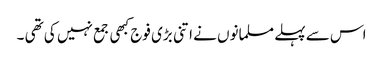
اس سے پہلے مسلمانوں نے اتنی بڑی فوج کبھی جمع نہیں کی تھی ۔